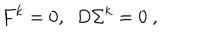
F ^ { k } = 0 , ~ ~ D \Sigma ^ { k } = 0 \ ,